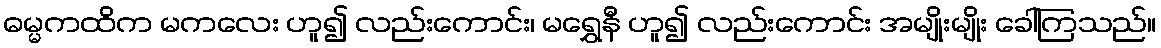
ဓမ္မကထိက မကလေး ဟူ၍ လည်းကောင်း၊ မရွှေနီ ဟူ၍ လည်းကောင်း အမျိုးမျိုး ခေါ်ကြသည်။